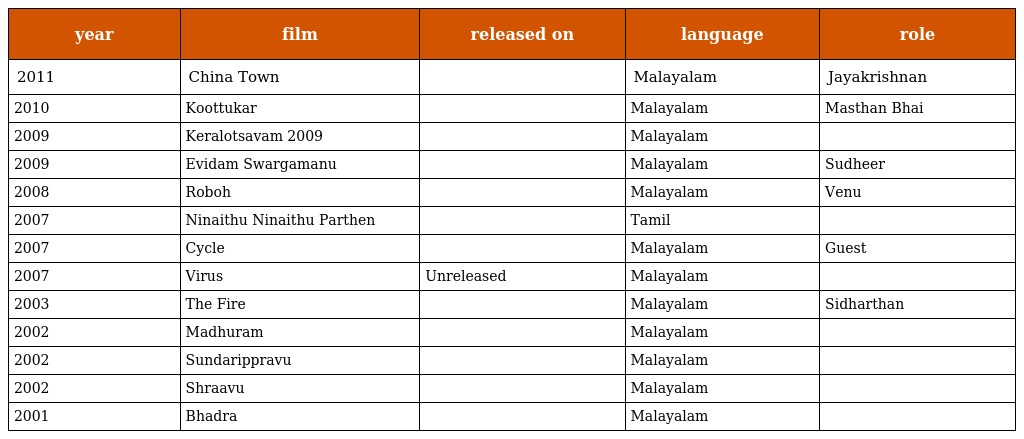
| year | film | released on | language | role |
 | --- | --- | --- | --- | --- |
 | 2011 | China Town |  | Malayalam | Jayakrishnan |
 | 2010 | Koottukar |  | Malayalam | Masthan Bhai |
 | 2009 | Keralotsavam 2009 |  | Malayalam |  |
 | 2009 | Evidam Swargamanu |  | Malayalam | Sudheer |
 | 2008 | Roboh |  | Malayalam | Venu |
 | 2007 | Ninaithu Ninaithu Parthen |  | Tamil |  |
 | 2007 | Cycle |  | Malayalam | Guest |
 | 2007 | Virus | Unreleased | Malayalam |  |
 | 2003 | The Fire |  | Malayalam | Sidharthan |
 | 2002 | Madhuram |  | Malayalam |  |
 | 2002 | Sundarippravu |  | Malayalam |  |
 | 2002 | Shraavu |  | Malayalam |  |
 | 2001 | Bhadra |  | Malayalam |  |